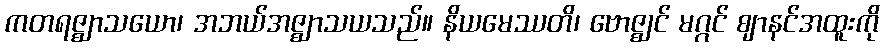
ကတရဇ္ဈာသယော၊ အဘယ်အဇ္ဈာသယသည်။ နိယမေဿတိ၊ ဗောဇ္ဈင် မဂ္ဂင် ဈာနင်အထူးကို